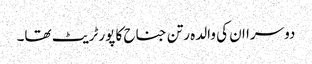
دوسرا ان کی والدہ رتن جناح کا پورٹریٹ تھا۔